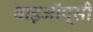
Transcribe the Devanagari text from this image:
बाइऑप्सी